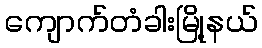
ကျောက်တံခါးမြို့နယ်